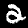
Label: 2